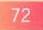
\(72\)